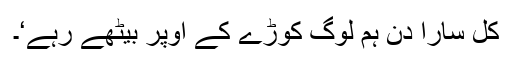
کَل سارا دِن ہم لوگ کوڑے کے اوپر بیٹھے رہے‘۔